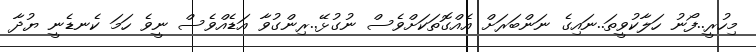
މިހުރީ..ފޯނު ހަލާކުވީތަ..ނައިގެ ނަންބަރަށް އެއްގޮތަކަށްވެސް ނުގުޅޭ..ރިންގުވާ އަޑެއްްވެސް ނީވެ ހަމަ ކެނޑެނީ ޔުދާ